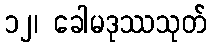
၁၂၊ ခေါမဒုဿသုတ်